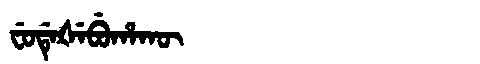
Manchu: ᠸᡠᡩᡝᡧᡝᠪᡠᡥᠠᡴᡡ
Romanization: FUDEŠEBUHAKŪ